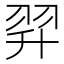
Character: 𦐒